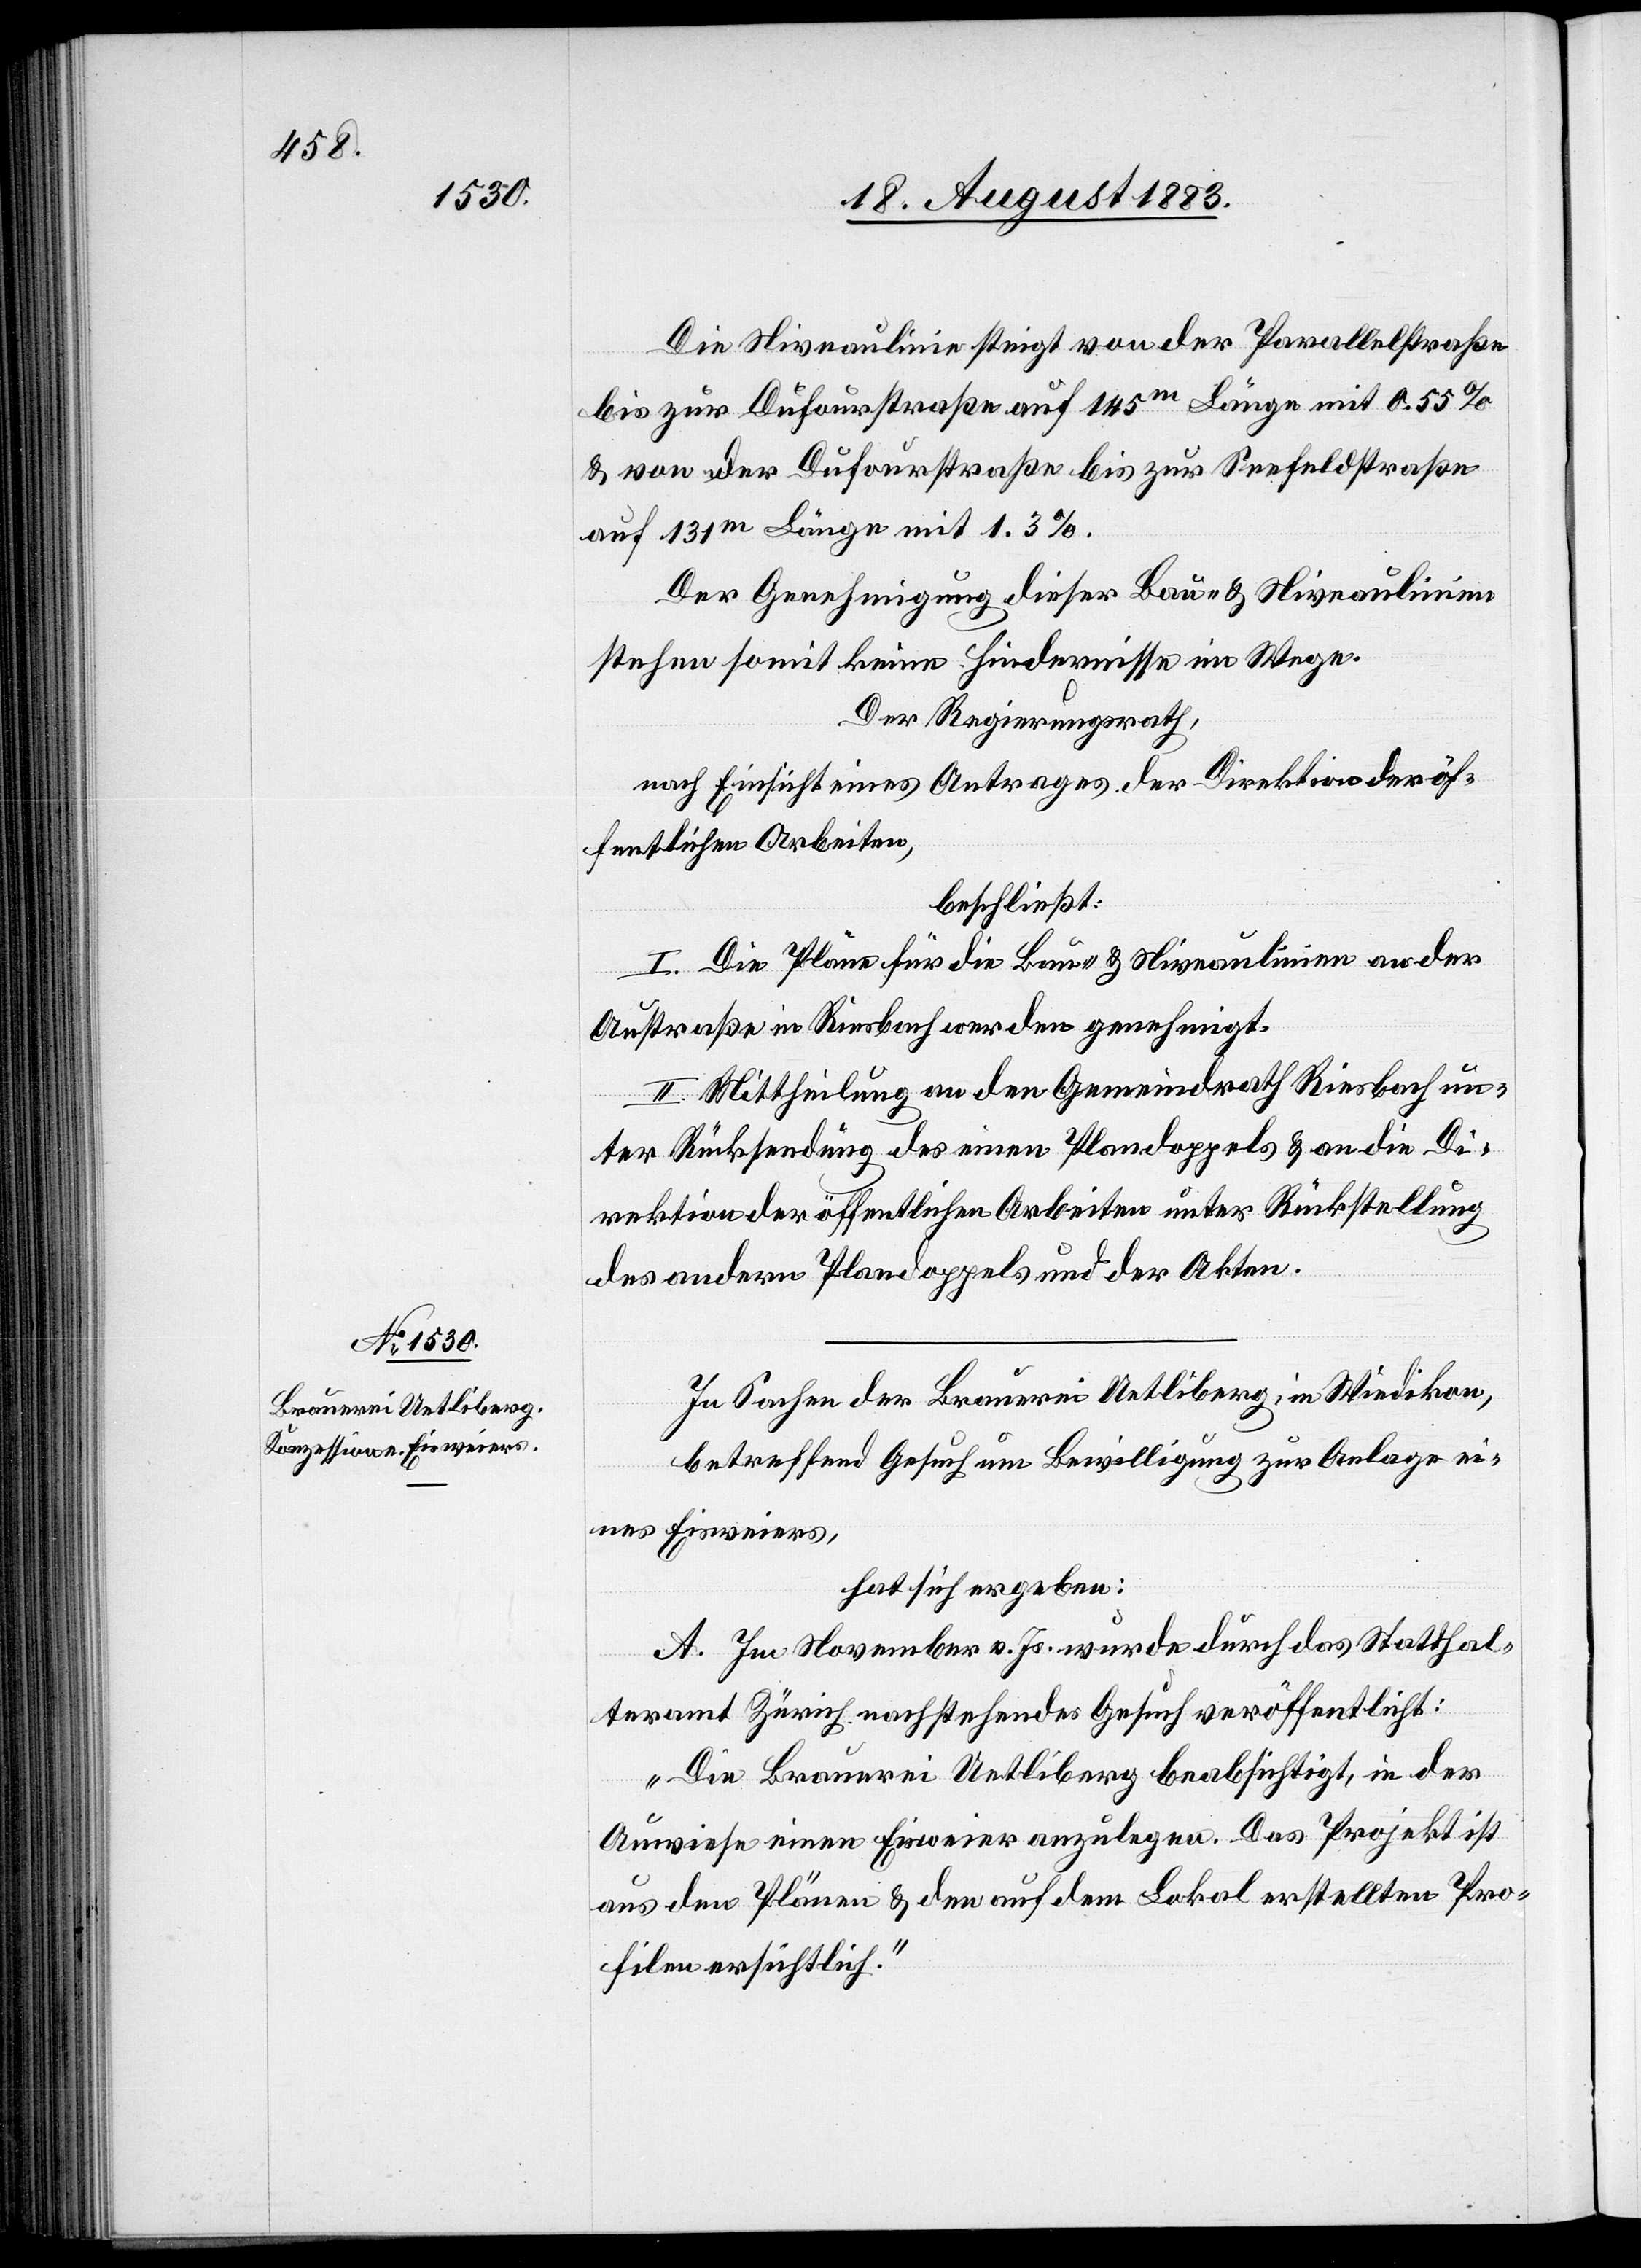
Die Niveaulinie steigt von der Parallelstraße
bis zur Dufourstraße [sic!] auf 145m Länge mit 0.55%
& von der Dufourstraße bis zur Seefeldstraße
auf 131m Länge mit 1.3%.
Der Genehmigung dieser Bau- & Niveaulinien
stehen somit keine Hindernisse im Wege.
Der Regierungsrath,
nach Einsicht eines Antrages der Direktion der öf¬
fentlichen Arbeiten,
beschließt:
I. Die Pläne für die Bau- & Niveaulinien an der
Austraße in Riesbach werden genehmigt.
II. Mittheilung an den Gemeindrath Riesbach un¬
ter Rücksendung des einen Plandoppels & an die Di¬
rektion der öffentlichen Arbeiten unter Rückstellung
des andern Plandoppels und der Akten.
In Sachen der Brauerei Uetliberg, in Wiedikon,
betreffend Gesuch um Bewilligung zur Anlage ei¬
nes Eisweiers,
hat sich ergeben:
A. Im November v. Js. wurde durch das Statthal¬
teramt Zürich nachstehendes Gesuch veröffentlicht:
„Die Brauerei Uetliberg beabsichtigt, in der
Auwiese einen Eisweier anzulegen. Das Projekt ist
aus den Plänen & den auf dem Lokal erstellten Pro¬
filen ersichtlich.“